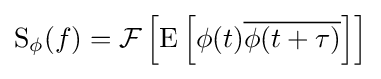
\operatorname {S} _{\phi }(f)={\mathcal {F}}\left[\operatorname {E} \left[\phi (t){\overline {\phi (t+\tau )}}\right]\right]